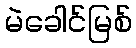
မဲခေါင်မြစ်